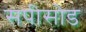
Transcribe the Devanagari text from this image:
सपीसोड